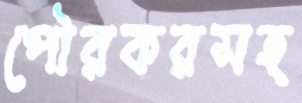
পৌরকরসহ